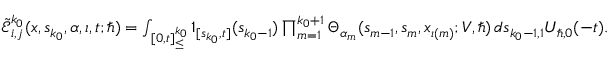
\begin{array} { r } { \ \tilde { \mathcal { E } } _ { i , j } ^ { k _ { 0 } } ( \boldsymbol { x } , s _ { k _ { 0 } } , \alpha , \iota , t ; \hbar ) = \int _ { [ 0 , t ] _ { \leq } ^ { k _ { 0 } } } \boldsymbol { 1 } _ { [ s _ { k _ { 0 } } , t ] } ( s _ { k _ { 0 } - 1 } ) \prod _ { m = 1 } ^ { k _ { 0 } + 1 } \Theta _ { \alpha _ { m } } ( s _ { m - 1 } , { s } _ { m } , x _ { \iota ( m ) } ; V , \hbar ) \, d \boldsymbol { s } _ { k _ { 0 } - 1 , 1 } U _ { \hbar , 0 } ( - t ) . } \end{array}